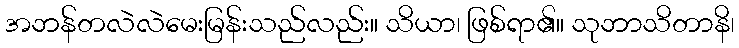
အဘန်တလဲလဲမေးမြန်းသည်လည်း။ သိယာ၊ ဖြစ်ရာ၏။ သုဘာသိတာနိ၊